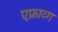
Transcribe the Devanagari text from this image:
एफ्राव्ग